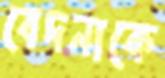
বেদনাকে